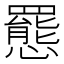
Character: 𫻕